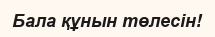
Бала құнын төлесін!